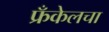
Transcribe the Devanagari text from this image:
फ्रँकेलचा